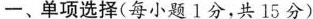
-、单项选择(每小题1分,共 15 分)